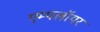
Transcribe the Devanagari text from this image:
एम्पलॉयर